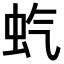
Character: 𫊨